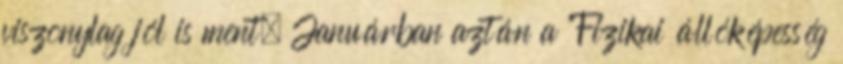
viszonylag jól is ment. Januárban aztán a "Fizikai állóképesség